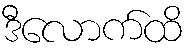
ဒီလောက်ထိ